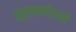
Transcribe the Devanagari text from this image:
सूक्ष्मदेहाने